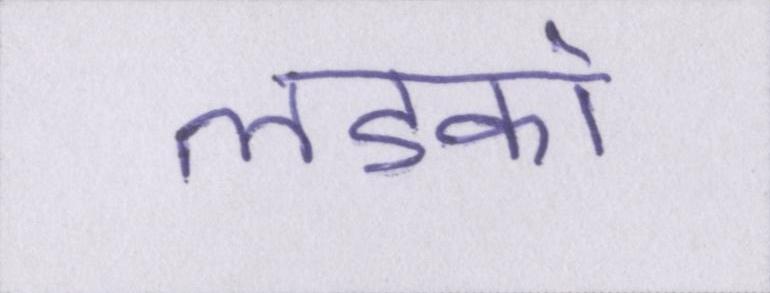
लडको